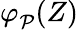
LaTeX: \varphi_{\mathcal P}^{}(Z)